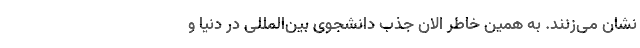
نشان می‌زنند. به همین خاطر الان جذب دانشجوی بین‌المللی در دنیا و